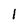
Character: l